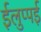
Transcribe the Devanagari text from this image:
ईलुप्पई